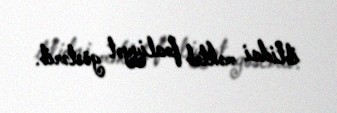
ibtidai məktəb fəaliyyət göstərib.